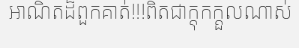
អាណិតដ៏ពួកគាត់!!!ពិតជាក្តុកក្តួលណាស់